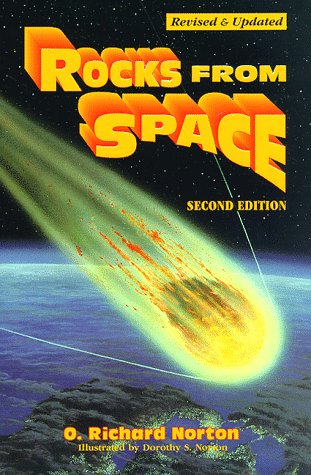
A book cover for Rocks from Space: Meteorites and Meteorite Hunters (Astronomy); O. Richard Norton; Science & Math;